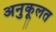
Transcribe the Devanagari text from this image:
अनुकूलत